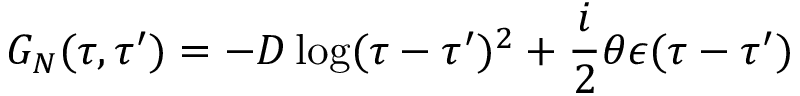
{ \cal G } _ { N } ( \tau , \tau ^ { \prime } ) = - D \log ( \tau - \tau ^ { \prime } ) ^ { 2 } + \frac i 2 \theta \epsilon ( \tau - \tau ^ { \prime } )